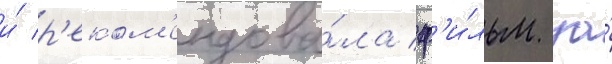
и́ р'еком'ендова́ла ф'и́льм за́